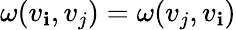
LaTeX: \omega(v_{\mathbf{i}},v_{j})=\omega(v_{j},v_{\mathbf{i}})